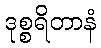
ဒုစ္စရိတာနံ